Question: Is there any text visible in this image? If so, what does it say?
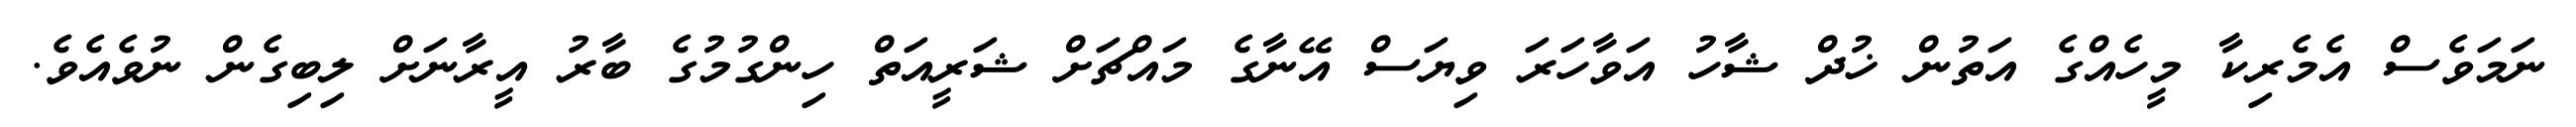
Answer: ނަމަވެސް އެމެރިކާ މީހެއްގެ އަތުން ޚުދް ޝާހު އަވާހަރަ ވިޔަސް އޭނާގެ މައްޗަށް ޝަރީއަތް ހިންގުމުގެ ބާރު އީރާނަށް ލިބިގެން ނުވެއެވެ.